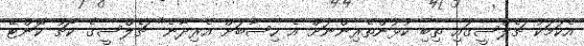
އެކަމަކު ޗެލްސީގައި ތިބި ކުޅުންތެރިންނަށް އެ ހިސާބަށް އެރިދާނެ" ޗެލްސީގެ ކޯޗު ކޮންޓޭ